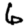
Digit: 6